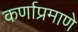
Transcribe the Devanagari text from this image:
कर्णाप्रमाणे